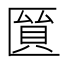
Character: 𠥘